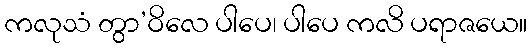
ကလုသံ တွာ’ဝိလေ ပါပေ၊ ပါပေ ကလိ ပရာဇယေ။